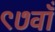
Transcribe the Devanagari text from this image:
९७वाँ